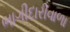
ભાગીદારીવાળા